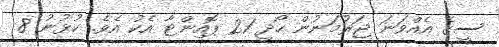
ސީގެ އެއްވަނަ ޖަރުމަނުން ހޯދީ 21 ޕޮއިންޓާ އެކު އެވެ. ކުޅުނު 8